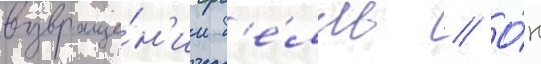
возвраще́н'ии б'е́лль // О́н